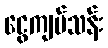
ငွေကျပ်သန်း